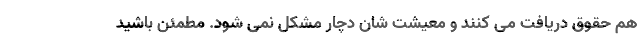
هم حقوق دریافت می کنند و معیشت شان دچار مشکل نمی شود. مطمئن باشید